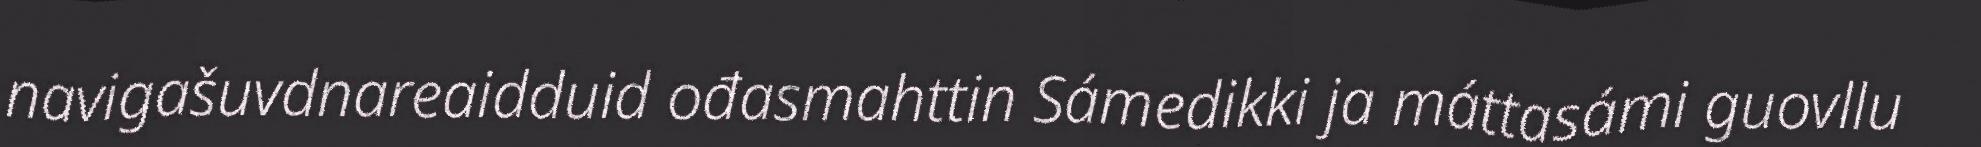
navigašuvdnareaidduid ođasmahttin Sámedikki ja máttasámi guovllu